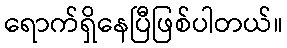
ရောက်ရှိနေပြီဖြစ်ပါတယ်။